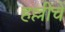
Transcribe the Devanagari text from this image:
हल्लीचें